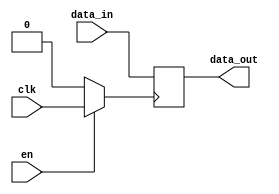
module clock_gating_memory_block (
    input wire clk,        // Primary clock signal
    input wire en,         // Enable signal for clock gating
    input wire [7:0] data_in, // Data input for memory block
    output reg [7:0] data_out // Data output from memory block
);

// Internal clock signal after gating
wire gated_clk;

// Transmission gate implementation for clock gating
assign gated_clk = (en) ? clk : 1'b0; // If EN is high, pass CLK; otherwise, block it

// Memory block (simple D flip-flop for demonstration)
always @(posedge gated_clk) begin
    data_out <= data_in; // Capture data on gated clock
end

endmodule